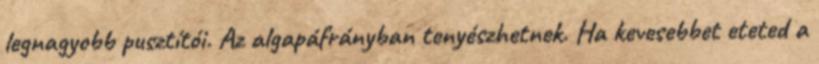
legnagyobb pusztítói. Az algapáfrányban tenyészhetnek. Ha kevesebbet eteted a